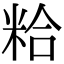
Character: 粭